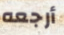
أرجعه